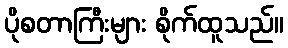
ပိုစတာကြီးများ စိုက်ထူသည်။